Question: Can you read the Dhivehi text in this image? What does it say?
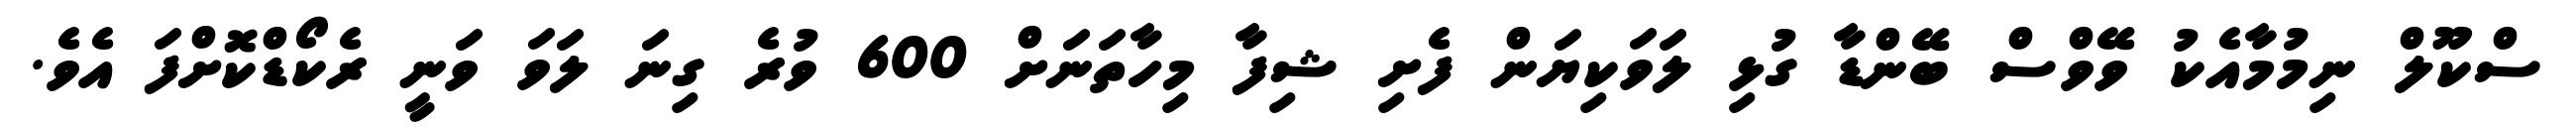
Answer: ސްކޫލް ނިމުމާއެކު ވޭވްސް ބޭންޑާ ގުޅި ލަވަކިޔަން ފެށި ޝިފާ މިހާތަނަށް 600 ވުރެ ގިނަ ލަވަ ވަނީ ރެކޯޑްކޮށްފަ އެވެ.